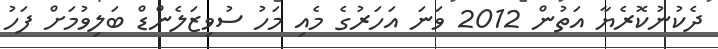
ދެކުނުކޮރެޔާ އަތުން 2012 ވަނަ އަހަރުގެ މެއި މަހު ސުވިޒަލެންޑް ބަލިވުމަށް ފަހު